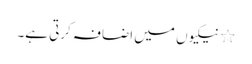
٭ نیکیوں میں اضافہ کرتی ہے۔